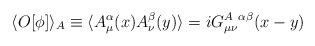
\begin{align*}\langle O[\phi]\rangle_A\equiv\langle A^\alpha_\mu(x) A^\beta_\nu(y)\rangle=iG^{A\ \alpha\beta}_{\mu\nu}(x-y)\end{align*}